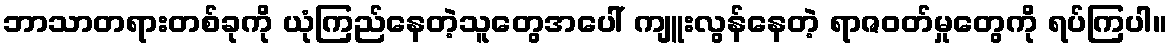
ဘာသာတရားတစ်ခုကို ယုံကြည်နေတဲ့သူတွေအပေါ် ကျူးလွန်နေတဲ့ ရာဇဝတ်မှုတွေကို ရပ်ကြပါ။